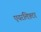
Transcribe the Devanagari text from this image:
एयरलिफ़्टर